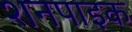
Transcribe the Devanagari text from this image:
शनपाइक